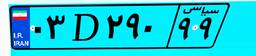
۵۱D۷۷۰۲۲